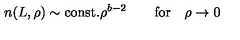
n ( L , \rho ) \sim \mathrm { c o n s t . } \rho ^ { b - 2 } \qquad \mathrm { f o r } \quad \rho \rightarrow 0